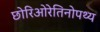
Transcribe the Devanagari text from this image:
छोरिओरेतिनोपथ्य